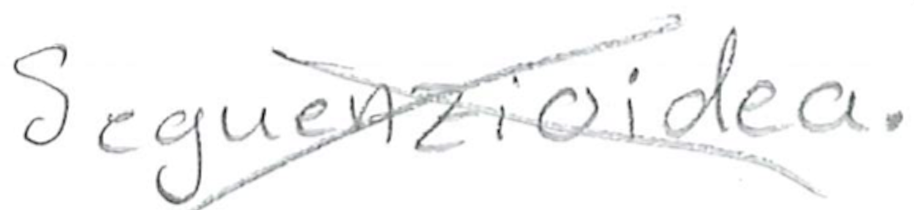
Text: Seguenzioidea.
Cross-out: mix
Writing tool: pencil